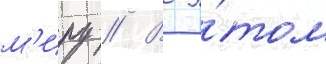
м'иру // В э́том